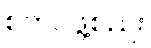
စတင်ဖွဲ့စည်း